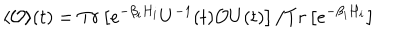
LaTeX: \langle { \cal { O } } \rangle ( t ) = T r \left[ e ^ { - \beta _ { i } H _ { i } } U ^ { - 1 } ( t ) { \cal { O } } U ( t ) \right] / T r \left[ e ^ { - \beta _ { i } H _ { i } } \right]